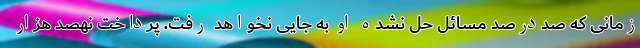
زمانی که صددرصد مسائل حل نشده او به جایی نخواهد رفت. پرداخت نهصد هزار